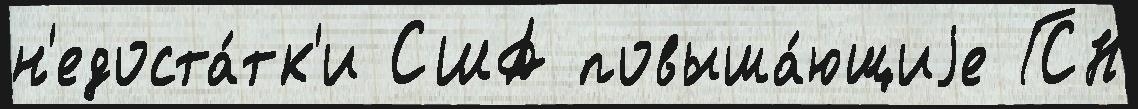
н'едоста́тк'и США повыша́ющиjе ГСН